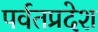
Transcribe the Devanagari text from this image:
पर्वतप्रदेश